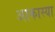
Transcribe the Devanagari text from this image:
आकास्या